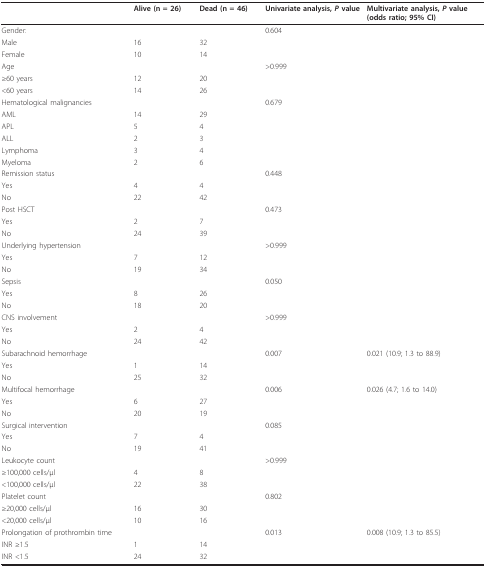
<table><thead><tr><td></td><td><b>Alive (n = 26)</b></td><td><b>Dead (n = 46)</b></td><td><b>Univariate analysis, <i>P </i>value</b></td><td><b>Multivariate analysis, <i>P </i>value (odds ratio; 95% CI) </b></td></tr></thead><tbody><tr><td>Gender:</td><td></td><td></td><td>0.604</td><td></td></tr><tr><td>Male</td><td>16</td><td>32</td><td></td><td></td></tr><tr><td>Female</td><td>10</td><td>14</td><td></td><td></td></tr><tr><td>Age</td><td></td><td></td><td>&gt;0.999</td><td></td></tr><tr><td>≥60 years</td><td>12</td><td>20</td><td></td><td></td></tr><tr><td>&lt;60 years</td><td>14</td><td>26</td><td></td><td></td></tr><tr><td>Hematological malignancies</td><td></td><td></td><td>0.679</td><td></td></tr><tr><td>AML</td><td>14</td><td>29</td><td></td><td></td></tr><tr><td>APL</td><td>5</td><td>4</td><td></td><td></td></tr><tr><td>ALL</td><td>2</td><td>3</td><td></td><td></td></tr><tr><td>Lymphoma</td><td>3</td><td>4</td><td></td><td></td></tr><tr><td>Myeloma</td><td>2</td><td>6</td><td></td><td></td></tr><tr><td>Remission status</td><td></td><td></td><td>0.448</td><td></td></tr><tr><td>Yes</td><td>4</td><td>4</td><td></td><td></td></tr><tr><td>No</td><td>22</td><td>42</td><td></td><td></td></tr><tr><td>Post HSCT</td><td></td><td></td><td>0.473</td><td></td></tr><tr><td>Yes</td><td>2</td><td>7</td><td></td><td></td></tr><tr><td>No</td><td>24</td><td>39</td><td></td><td></td></tr><tr><td>Underlying hypertension</td><td></td><td></td><td>&gt;0.999</td><td></td></tr><tr><td>Yes</td><td>7</td><td>12</td><td></td><td></td></tr><tr><td>No</td><td>19</td><td>34</td><td></td><td></td></tr><tr><td>Sepsis</td><td></td><td></td><td>0.050</td><td></td></tr><tr><td>Yes</td><td>8</td><td>26</td><td></td><td></td></tr><tr><td>No</td><td>18</td><td>20</td><td></td><td></td></tr><tr><td>CNS involvement</td><td></td><td></td><td>&gt;0.999</td><td></td></tr><tr><td>Yes</td><td>2</td><td>4</td><td></td><td></td></tr><tr><td>No</td><td>24</td><td>42</td><td></td><td></td></tr><tr><td>Subarachnoid hemorrhage</td><td></td><td></td><td>0.007</td><td>0.021 (10.9; 1.3 to 88.9)</td></tr><tr><td>Yes</td><td>1</td><td>14</td><td></td><td></td></tr><tr><td>No</td><td>25</td><td>32</td><td></td><td></td></tr><tr><td>Multifocal hemorrhage</td><td></td><td></td><td>0.006</td><td>0.026 (4.7; 1.6 to 14.0)</td></tr><tr><td>Yes</td><td>6</td><td>27</td><td></td><td></td></tr><tr><td>No</td><td>20</td><td>19</td><td></td><td></td></tr><tr><td>Surgical intervention</td><td></td><td></td><td>0.085</td><td></td></tr><tr><td>Yes</td><td>7</td><td>4</td><td></td><td></td></tr><tr><td>No</td><td>19</td><td>41</td><td></td><td></td></tr><tr><td>Leukocyte count</td><td></td><td></td><td>&gt;0.999</td><td></td></tr><tr><td>≥100,000 cells/μl</td><td>4</td><td>8</td><td></td><td></td></tr><tr><td>&lt;100,000 cells/μl</td><td>22</td><td>38</td><td></td><td></td></tr><tr><td>Platelet count</td><td></td><td></td><td>0.802</td><td></td></tr><tr><td>≥20,000 cells/μl</td><td>16</td><td>30</td><td></td><td></td></tr><tr><td>&lt;20,000 cells/μl</td><td>10</td><td>16</td><td></td><td></td></tr><tr><td>Prolongation of prothrombin time</td><td></td><td></td><td>0.013</td><td>0.008 (10.9; 1.3 to 85.5)</td></tr><tr><td>INR ≥1.5</td><td>1</td><td>14</td><td></td><td></td></tr><tr><td>INR &lt;1.5</td><td>24</td><td>32</td><td></td><td></td></tr></tbody></table>